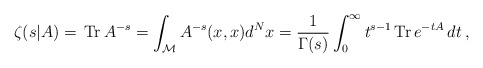
\begin{align*}\zeta(s|A)=\,\mbox{Tr}\, A^{-s}=\int_{{\cal M}}A^{-s}(x,x) d^Nx =\frac{1}{\Gamma(s)}\int_{0}^{\infty}t^{s-1}\,\mbox{Tr}\, e^{-tA}\,dt \:,\end{align*}